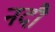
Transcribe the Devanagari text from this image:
नदौ